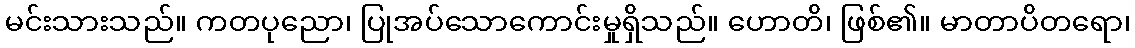
မင်းသားသည်။ ကတပုညော၊ ပြုအပ်သောကောင်းမှုရှိသည်။ ဟောတိ၊ ဖြစ်၏။ မာတာပိတရော၊